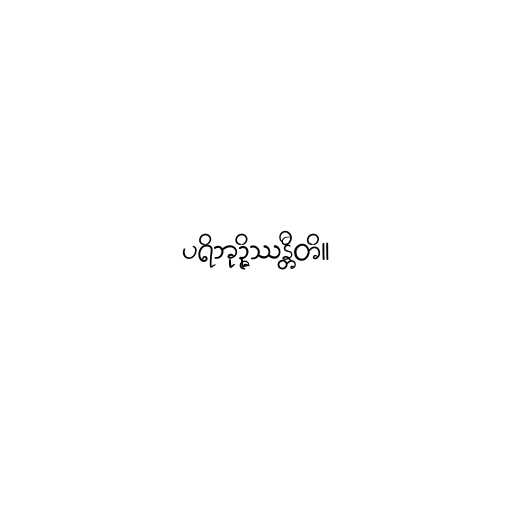
ပရိဘုဉ္ဇိဿန္တီတိ။